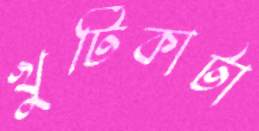
খুটিকাটা